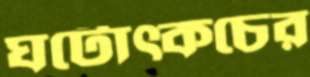
ঘটোত্কচের